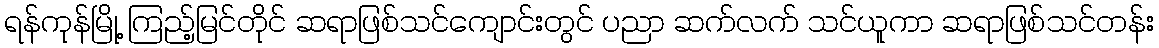
ရန်ကုန်မြို့ ကြည့်မြင်တိုင် ဆရာဖြစ်သင်ကျောင်းတွင် ပညာ ဆက်လက် သင်ယူကာ ဆရာဖြစ်သင်တန်း